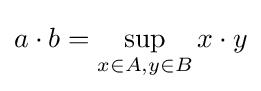
a\cdot b=\sup _{x\in A,y\in B}x\cdot y